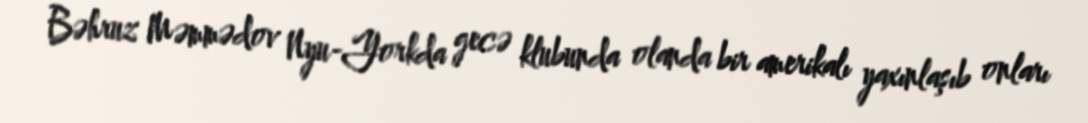
Bəhruz Məmmədov Nyu-Yorkda gecə klubunda olanda bir amerikalı yaxınlaşıb onları